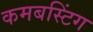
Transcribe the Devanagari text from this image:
कमबस्टिंग